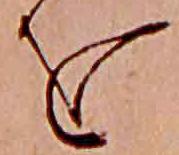
を